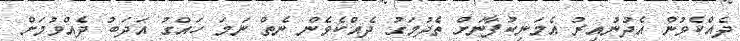
ދެއްކެވުން އެދުނުއިރު އެމަނިކުފާނަށް ތެދުމަގު ދެއްކެވެން ނެތް ނަމަ ހައްގު އަދަބު ދެއްވުމަށް